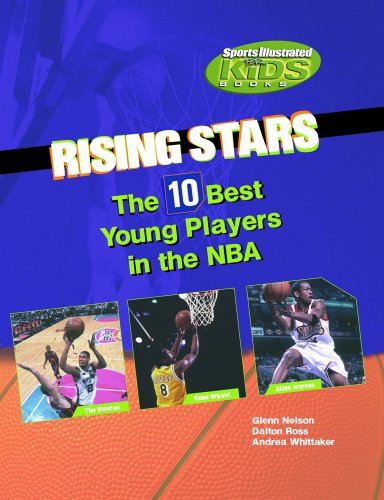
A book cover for Rising Stars: The 10 Best Young Players in the NBA (Sports Illustrated for Kids Books); Glenn Nelson; Teen & Young Adult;